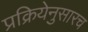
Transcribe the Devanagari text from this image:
प्रक्रियेनुसारच